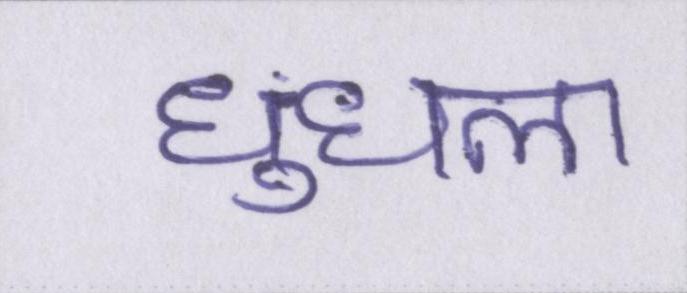
धुंधला